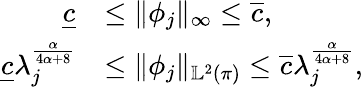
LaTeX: \begin{array}{rl}{\underline{{c}}}&{\leq\| \phi_{j}\| _{\infty}\leq\overline{{c}},}\\ {\underline{{c}}\lambda_{j}^{\frac{\alpha}{4\alpha+8}}}&{\leq\| \phi_{j}\| _{\mathbb{L}^{2}(\pi)}\leq\overline{{c}}\lambda_{j}^{\frac{\alpha}{4\alpha+8}},}\end{array}